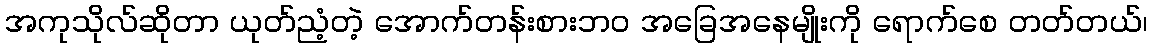
အကုသိုလ်ဆိုတာ ယုတ်ညံ့တဲ့ အောက်တန်းစားဘဝ အခြေအနေမျိုးကို ရောက်စေ တတ်တယ်၊